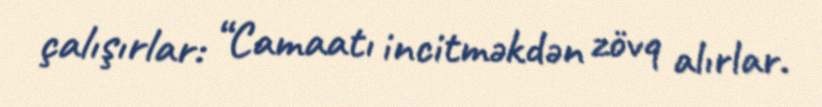
çalışırlar: “Camaatı incitməkdən zövq alırlar.